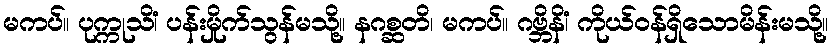
မကပ်။ ပုက္ကုသိံ၊ ပန်းမှိုက်သွန်မသို့။ နဂစ္ဆတိ၊ မကပ်။ ဂဗ္ဘိနိံ၊ ကိုယ်ဝန်ရှိသောမိန်းမသို့။